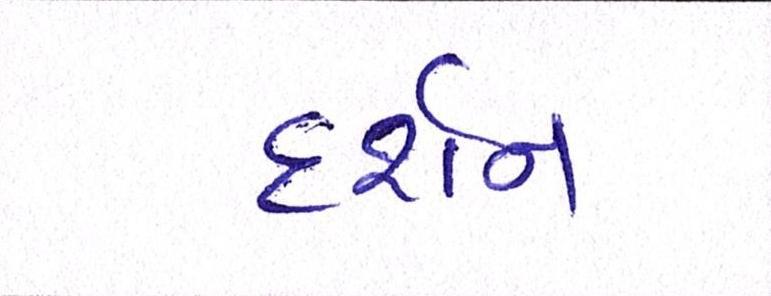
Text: દર્શન